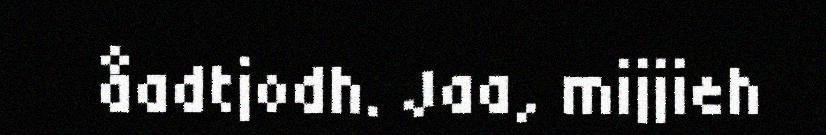
åadtjodh. Jaa, mijjieh